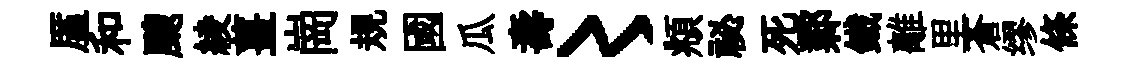
厪和颼綾薑崗規國瓜壽〻頫祕死鄴鐵離里蒼缪條